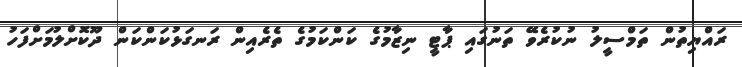
ރައްޔިތުން ތަމްސީލު ނުކުރެވޭ ތަނުގައި ޕާޓީ ނިޒާމުގެ ކަންކަމުގެ ތެރެއިން ރަނގަޅުކަންކަން ދޫކޮށްލުމަށްފަހު